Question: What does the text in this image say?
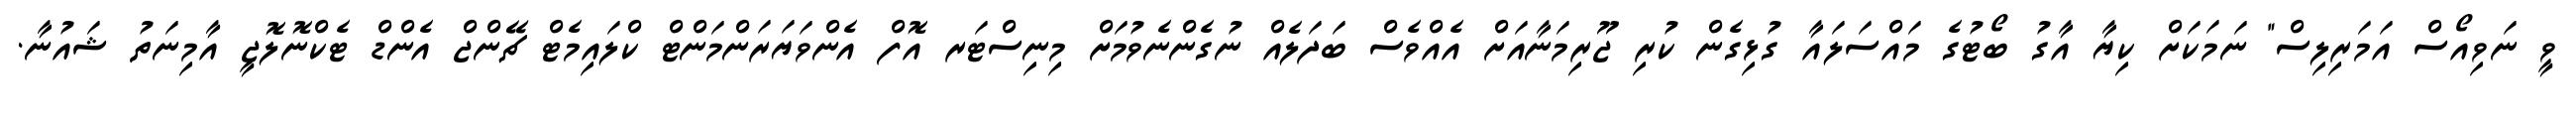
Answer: ވީ ނަވިއޯސް އަމަރިލިސް" ނަމަކަށް ކިޔާ އާގު ބޯޓުގެ މައްސަލައާ ގުޅިގެން ކުރި ޖޫރިމަނާއަށް އެއްވެސް ބަދަލެއް ނުގެންނެވުމަށް މިނިސްޓަރ އޮފް އެންވަޔަރަންމަންޓް ކްލައިމެޓް ޗޭންޖް އެންޑް ޓެކްނޮލޮޖީ އާމިނަތު ޝައުނާ.